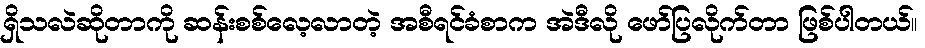
ရှိသလဲဆိုတာကို ဆန်းစစ်လေ့လာတဲ့ အစီရင်ခံစာက အဲဒီလို ဖော်ပြလိုက်တာ ဖြစ်ပါတယ်။